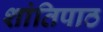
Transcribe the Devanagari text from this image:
शांतिपाठ